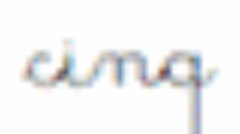
cinq